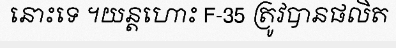
នោះទេ ។យន្តហោះ F-35 ត្រូវបានផលិត